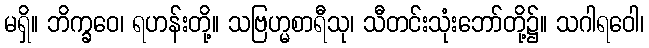
မရှိ။ ဘိက္ခဝေ၊ ရဟန်းတို့။ သဗြဟ္မစာရီသု၊ သီတင်းသုံးဘော်တို့၌။ သဂါရဝေါ၊